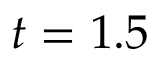
t = 1 . 5